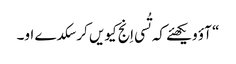
‏“‏ آؤ ویکھئے کہ تُسی اِنج کیویں کر سکدے او۔